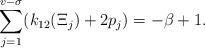
LaTeX: \begin{align*}\sum_{j=1}^{v-\sigma} (k_{12}(\Xi_j) + 2p_j) = -\beta+1.\end{align*}